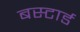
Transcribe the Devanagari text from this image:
बस्टार्ड